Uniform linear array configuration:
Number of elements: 24
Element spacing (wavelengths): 1
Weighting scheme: uniform
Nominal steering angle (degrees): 30
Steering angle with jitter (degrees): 30.36
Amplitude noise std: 0.05
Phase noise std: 0.05

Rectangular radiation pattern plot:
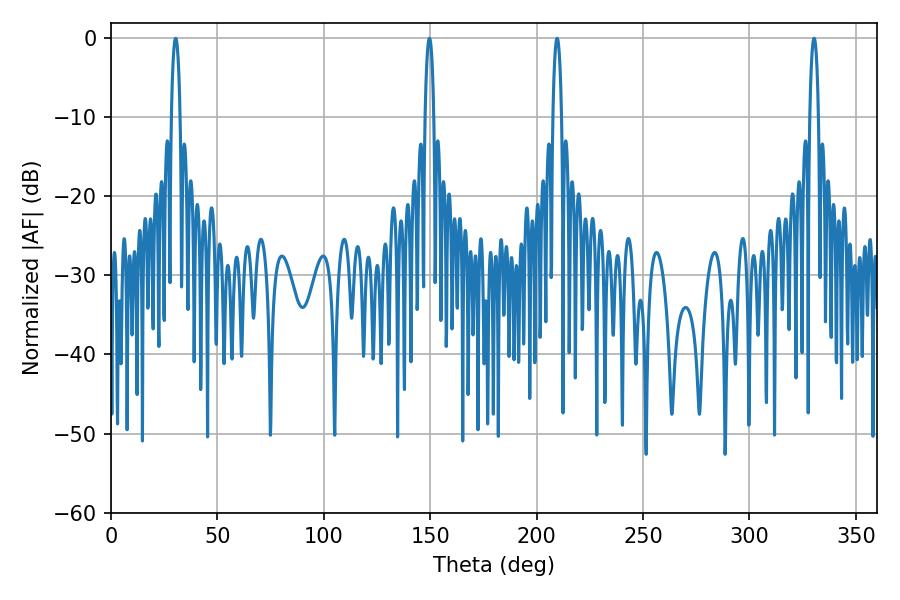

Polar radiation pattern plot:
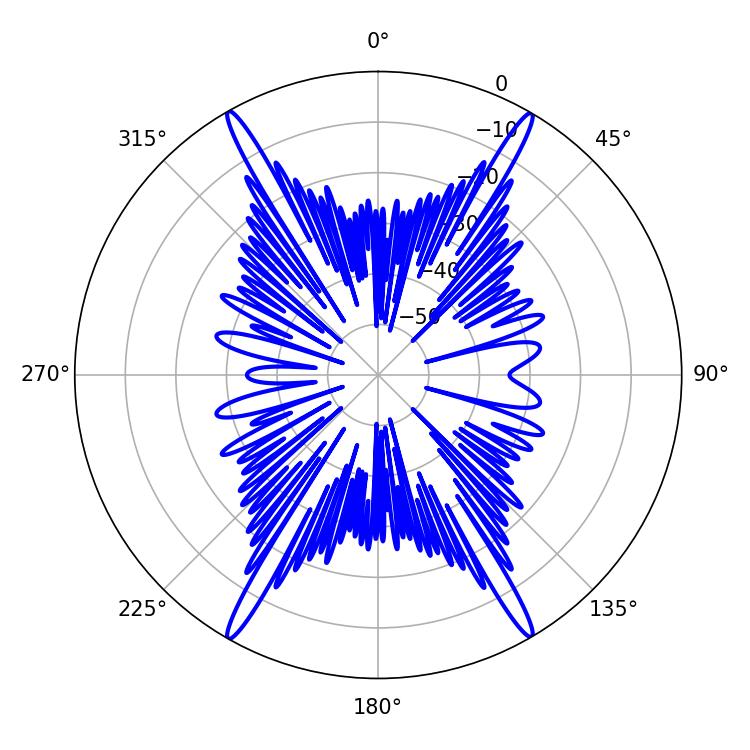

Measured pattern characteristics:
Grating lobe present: TRUE
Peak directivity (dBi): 30.732
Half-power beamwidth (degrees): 2.34
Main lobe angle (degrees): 30.42